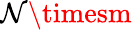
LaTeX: \mathcal{N}\timesm